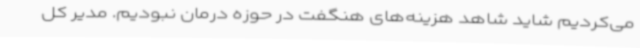
می‌کردیم شاید شاهد هزینه‌های هنگفت در حوزه درمان نبودیم. مدیر کل